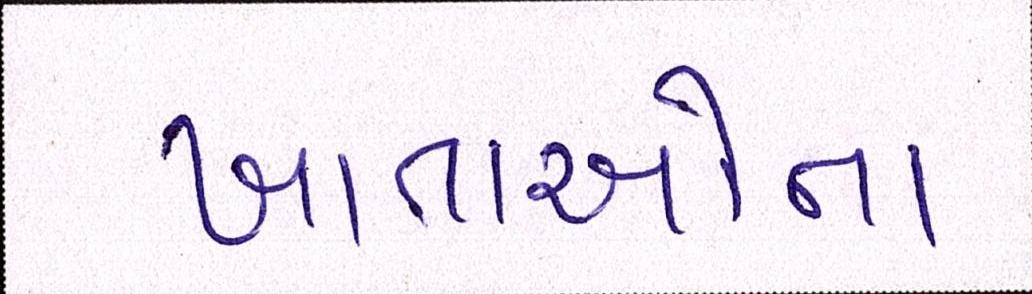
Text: ખાતાઓના